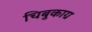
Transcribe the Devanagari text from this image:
चिबुकाग्र